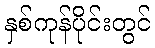
နှစ်ကုန်ပိုင်းတွင်